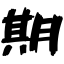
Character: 期